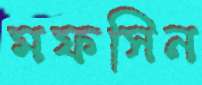
মফসিন